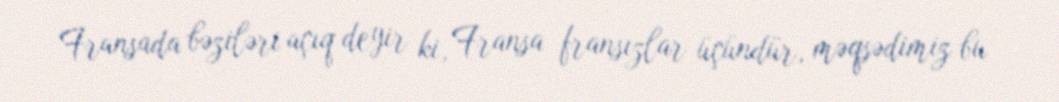
Fransada bəziləri açıq deyir ki, Fransa fransızlar üçündür, məqsədimiz bu